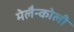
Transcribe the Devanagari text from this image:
मेलैन्कोली